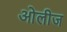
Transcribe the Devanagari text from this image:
ओलीज